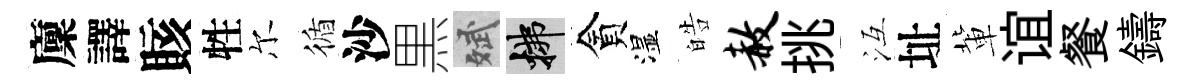
廩譯賅牲尔循沙黒斌拂貪湿皓赦挑冱址軰谊餐鑄